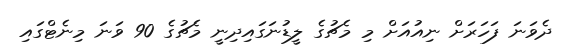
ދެވަނަ ފަހަރަށް ނިއުއަށް މި މެޗުގެ ލީޑުނަގައިދިނީ މެޗުގެ 90 ވަނަ މިނެޓްގައި